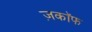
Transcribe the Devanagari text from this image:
ज़काॅफ